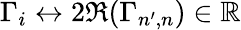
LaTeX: \Gamma_{i}\leftrightarrow 2\Re(\Gamma_{n^{\prime},n})\in\mathbb{R}